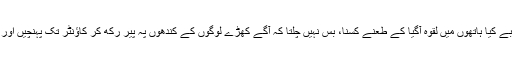
اوئے اوئے کی آوازیں مارنا، ابے کیا ہاتھوں میں لقوہ آگیا کے طعنے کسنا، بس نہیں چلتا کہ آگے کھڑے لوگوں کے کندھوں پہ پیر رکھ کر کاؤنٹر تک پہنچیں اور اپنا مطلب نکال کر چلتے بنیں۔